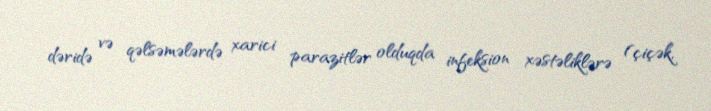
dəridə və qəlsəmələrdə xarici parazitlər olduqda infeksion xəstəliklərə (çiçək,